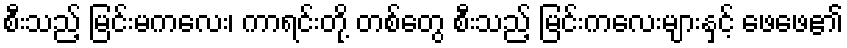
စီးသည့် မြင်းမကလေး၊ ကာရင်းတို့ တစ်တွေ စီးသည့် မြင်းကလေးများနှင့် ဖေဖေ၏